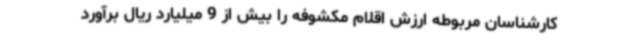
کارشناسان مربوطه ارزش اقلام مکشوفه را بیش از 9 میلیارد ریال برآورد